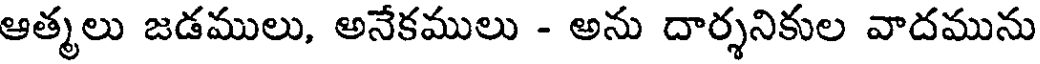
ఆత్మలు జడములు, అనేకములు - అను దార్శనికుల వాదమును